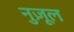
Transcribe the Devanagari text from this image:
नुज़ूल